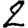
Digit: 2